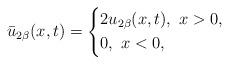
LaTeX: \begin{align*}\bar{u}_{2\beta}(x,t)=\begin{cases*}2u_{2\beta}(x,t),\ x>0, \\0,\ x<0,\end{cases*}\end{align*}